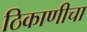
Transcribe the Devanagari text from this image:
ठिकाणीचा